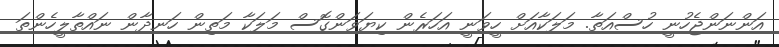
އަންނަންޖެހުނީ ހުސްއަތާ. މަލަކާއަށް ހީވަނީ އަހަރެން ކިޔަވަންގޮސް މަލަކާ މަތިން ހަނދާން ނައްތާލީހެންތަ